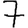
Digit: 7